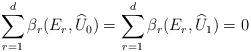
LaTeX: \begin{align*} \sum_{r=1}^d\beta_r(E_r, \widehat U_0)=\sum_{r=1}^d\beta_r(E_r, \widehat U_1) = 0\end{align*}